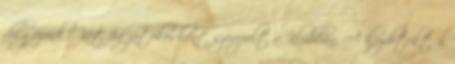
dolgozunk.” Két fia játékosként szerepelt a Klubban. A kezdetektől